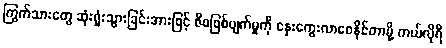
ကြွက်သားတွေ ဆုံးရှုံးသွားခြင်းအားဖြင့် ဇီဝဖြစ်ပျက်မှုကို နှေးကွေးလာစေနိုင်တာမို့ ကယ်လိုရီ